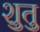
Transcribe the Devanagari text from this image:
शुतु